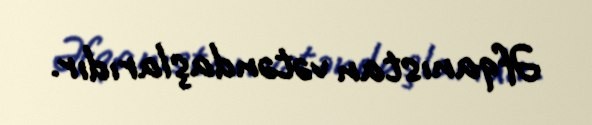
Əfqanıstan vətəndaşlarıdır.